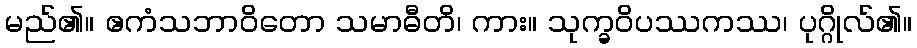
မည်၏။ ဧကံသဘာဝိတော သမာဓီတိ၊ ကား။ သုက္ခဝိပဿကဿ၊ ပုဂ္ဂိုလ်၏။